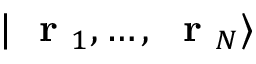
| \mathrm { ~ \bf ~ r ~ } _ { 1 } , \dots , \mathrm { ~ \bf ~ r ~ } _ { N } \rangle